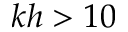
k h > 1 0